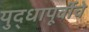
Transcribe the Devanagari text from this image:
युद्धापूर्वीचे